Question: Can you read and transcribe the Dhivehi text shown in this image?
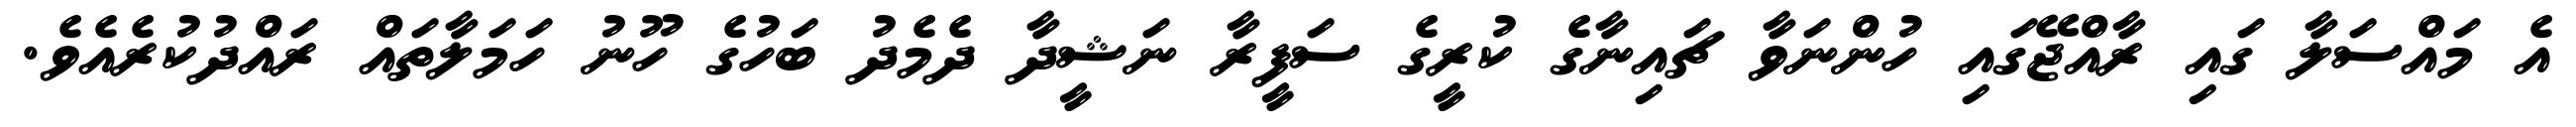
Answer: އެ މައްސަލާ ގައި ރާއްޖޭގައި ހުންނަވާ ޗައިނާގެ ކުރީގެ ސަފީރާ ނަޝީދާ ދެމެދު ބަހުގެ ހޫނު ހަމަލާތައް ރައްދުކުރެއެވެ.